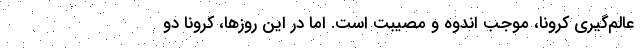
عالم‌گیری کرونا، موجب اندوه و مصیبت است. اما در این روزها، کرونا دو